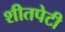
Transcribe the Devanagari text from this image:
शीतपेटी